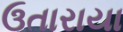
ઉતારાયા